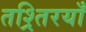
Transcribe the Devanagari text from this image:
तश्र्तिरयाँ